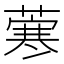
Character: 𦺦